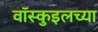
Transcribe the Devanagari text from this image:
वॉस्कुइलच्या